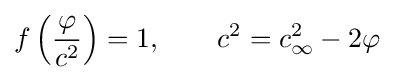
f\left({\frac {\varphi }{c^{2}}}\right)=1,\qquad c^{2}=c_{\infty }^{2}-2\varphi